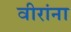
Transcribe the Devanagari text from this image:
वीरांना